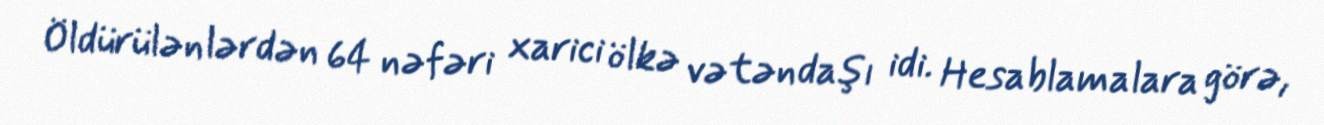
Öldürülənlərdən 64 nəfəri xarici ölkə vətəndaşı idi. Hesablamalara görə,